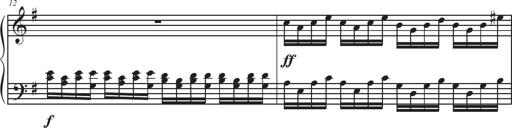
Title: Sonatina Espania
Composer: Jerald Franklin Archer
Key: Various